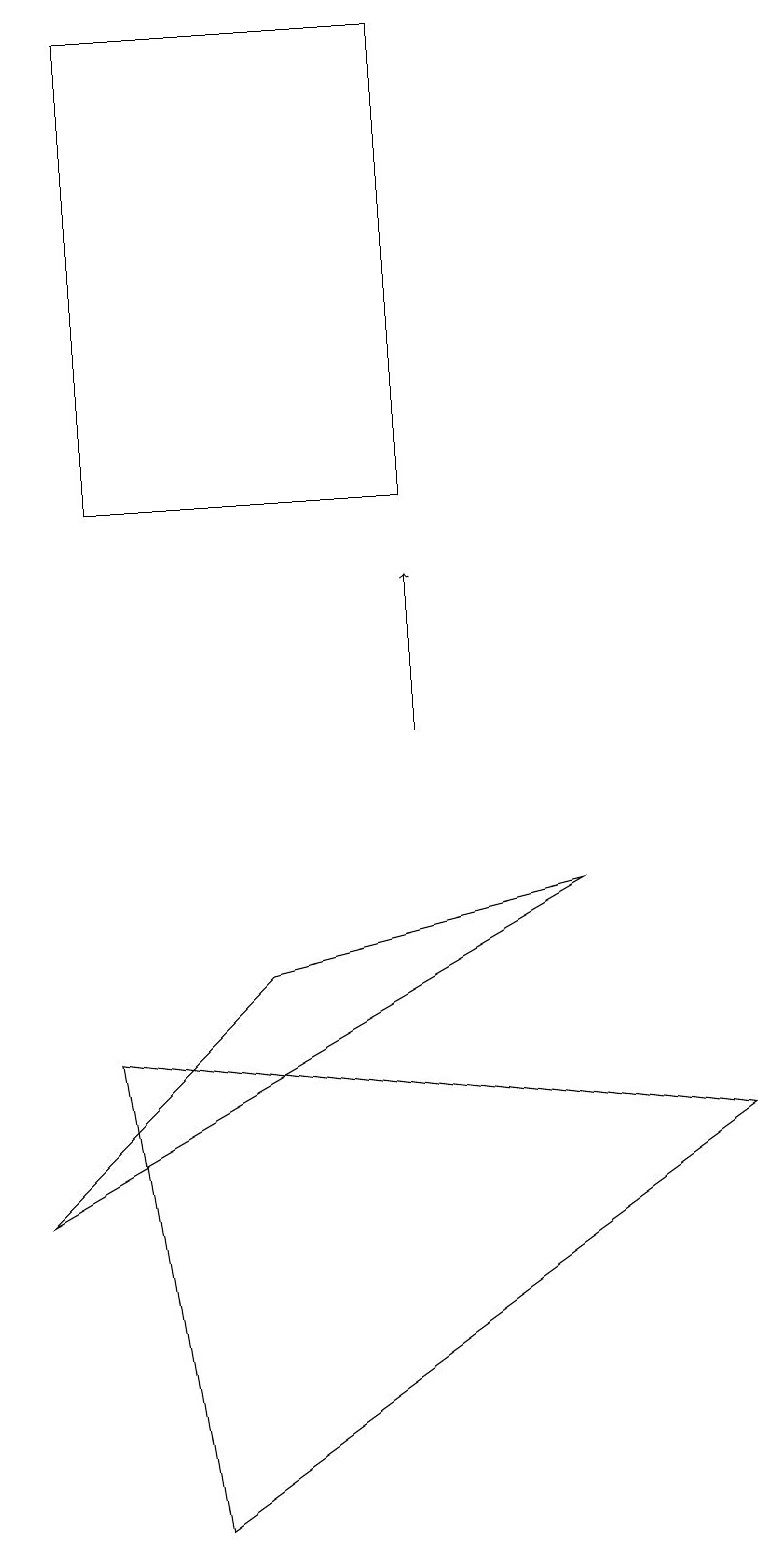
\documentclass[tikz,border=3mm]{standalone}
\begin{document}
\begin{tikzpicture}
\draw (5,19) rectangle (1,13);
\draw[->] (5,10) -- (5,12);
\draw (3,7) -- (7,8) -- (0,4) -- cycle;
\draw (9,5) -- (1,6) -- (2,0) -- cycle;
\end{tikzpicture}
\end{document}